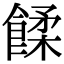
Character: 𩜷